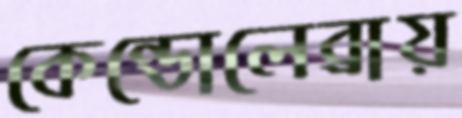
কেন্ডোলেব্রায়